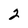
Character: 2